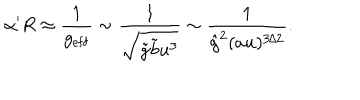
LaTeX: \alpha ^ { \prime } R \approx \frac { 1 } { g _ { \mathrm { e f f } } } \sim \frac { 1 } { \sqrt { \tilde { g } \tilde { b } u ^ { 3 } } } \sim \frac { 1 } { { \hat { g } } ^ { 2 } ( a u ) ^ { 3 / 2 } } .